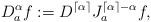
LaTeX: \begin{align*}D_a^\alpha f := D^{\lceil \alpha \rceil} J_a^{\lceil \alpha \rceil - \alpha} f,\end{align*}